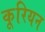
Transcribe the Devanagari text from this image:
कूरियन